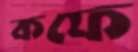
কফে